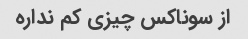
از سوناکس چیزی کم نداره